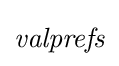
{\textit {valprefs}}